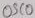
Text: OSC0